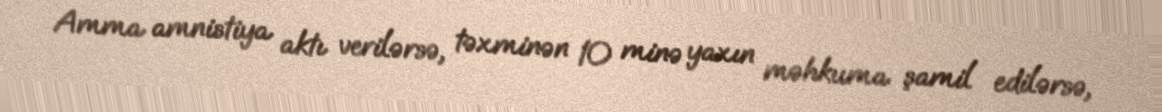
Amma amnistiya aktı verilərsə, təxminən 10 minə yaxın məhkuma şamil edilərsə,